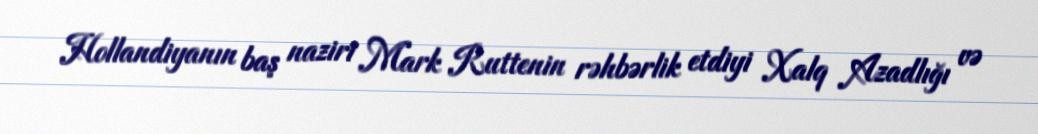
Hollandiyanın baş naziri Mark Ruttenin rəhbərlik etdiyi Xalq Azadlığı və